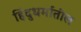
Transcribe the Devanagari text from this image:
हिंदुधर्मातील